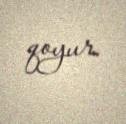
qoyur.